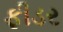
ફીડર